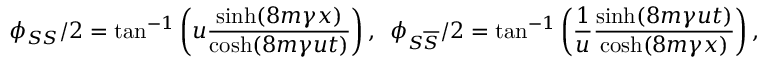
\phi _ { S S } / 2 = \tan ^ { - 1 } \left( u \frac { \sinh ( 8 m \gamma x ) } { \cosh ( 8 m \gamma u t ) } \right) , \, \, \, \phi _ { S \overline { { { S } } } } / 2 = \tan ^ { - 1 } \left( \frac { 1 } { u } \frac { \sinh ( 8 m \gamma u t ) } { \cosh ( 8 m \gamma x ) } \right) ,